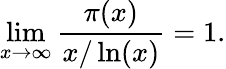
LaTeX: \operatorname*{lim}_{x\rightarrow\infty}{\frac{\pi(x)}{x/\ln(x)}}=1.